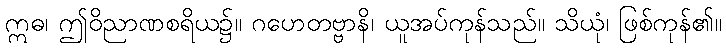
ဣဓ၊ ဤဝိညာဏစရိယ၌။ ဂဟေတဗ္ဗာနိ၊ ယူအပ်ကုန်သည်။ သိယုံ၊ ဖြစ်ကုန်၏။